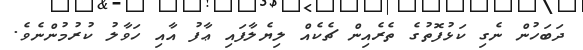
ދަބަހުން ނެގި ކަޅުފޮތުގެ ތެރެއިން ޗެކެއް ލިޔެލާފައި ޢާފު އާއި ހަވާލު ކުރުމުންނެވެ.